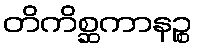
တိကိစ္ဆကာနဉ္စ